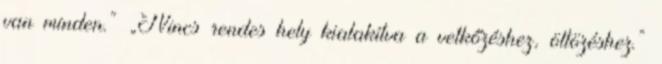
van minden.” „Nincs rendes hely kialakítva a vetkőzéshez, öltözéshez.”